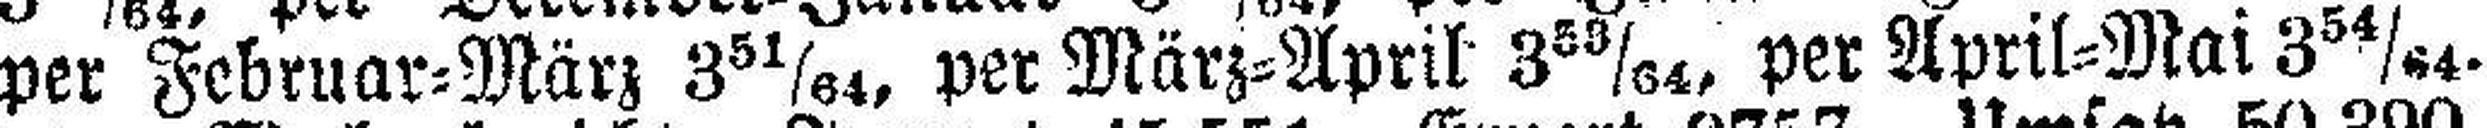
per Februar=März 3 51/64, per März=April 3 58/64, per April=Mai 3 54/64.